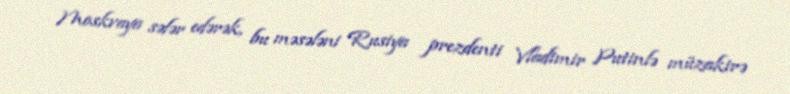
Moskvaya səfər edərək, bu məsələni Rusiya prezdenti Vladimir Putinlə müzakirə